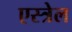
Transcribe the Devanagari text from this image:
एस्त्रेल